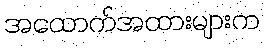
အထောက်အထားများက